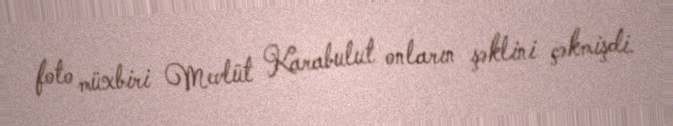
foto müxbiri Mevlüt Karabulut onların şəklini çəkmişdi.